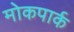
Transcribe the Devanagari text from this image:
मोकपार्क